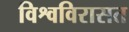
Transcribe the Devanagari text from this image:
विश्वविरासत